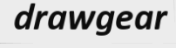
drawgear